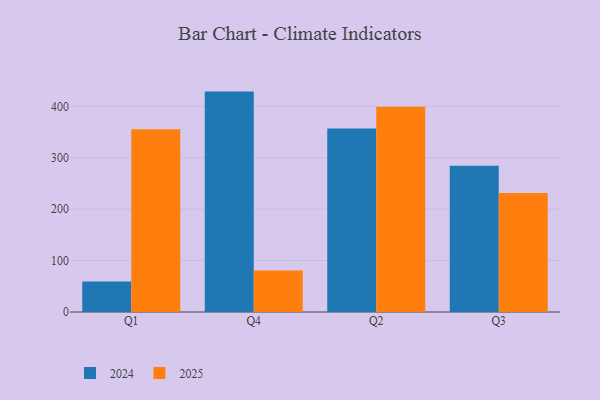
{"axis": {"x": "Quarter", "y": "Churn Rate (%)"}, "legend": ["2024", "2025"], "data": [{"x": "Q1", "y": 59.4, "type": "2024"}, {"x": "Q1", "y": 355.4, "type": "2025"}, {"x": "Q4", "y": 428.7, "type": "2024"}, {"x": "Q4", "y": 80.5, "type": "2025"}, {"x": "Q2", "y": 356.8, "type": "2024"}, {"x": "Q2", "y": 399.4, "type": "2025"}, {"x": "Q3", "y": 284.3, "type": "2024"}, {"x": "Q3", "y": 231.7, "type": "2025"}]}